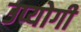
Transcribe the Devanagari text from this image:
उप्योगी